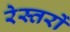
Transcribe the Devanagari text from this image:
रेस्तरों